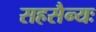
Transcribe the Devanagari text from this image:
सहसैन्यः